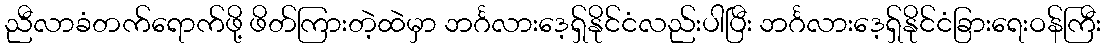
ညီလာခံတက်ရောက်ဖို့ ဖိတ်ကြားတဲ့ထဲမှာ ဘင်္ဂလားဒေ့ရှ်နိုင်ငံလည်းပါပြီး ဘင်္ဂလားဒေ့ရှ်နိုင်ငံခြားရေးဝန်ကြီး